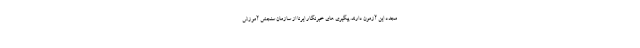
مجدد این آزمون دارند. پیگیری های خبرنگار ایرنا از سازمان سنجش آموزش